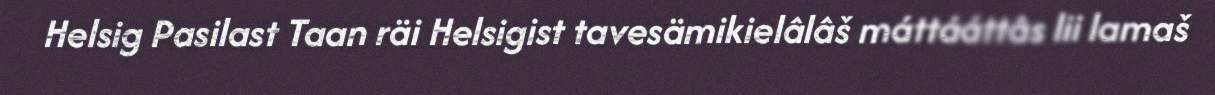
Helsig Pasilast Taan räi Helsigist tavesämikielâlâš máttááttâs lii lamaš